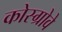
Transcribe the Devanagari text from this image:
कोस्ग्रोवे